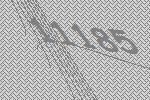
11185